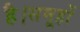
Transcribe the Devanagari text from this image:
है।समूहों